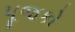
પૂજકો